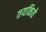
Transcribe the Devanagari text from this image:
तयकिये